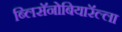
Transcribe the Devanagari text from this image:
ब्लिसॅनोबियारॅल्ला